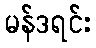
မန်ဒရင်း